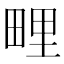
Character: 𭻕